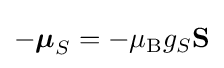
-{\boldsymbol {\mu }}_{S}=-\mu _{\text{B}}g_{S}\mathbf {S}